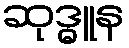
ဆုဒ္ဓူန